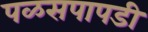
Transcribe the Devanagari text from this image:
पळसपापडी